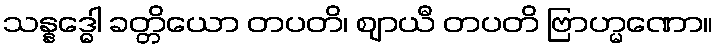
သန္နဒ္ဓေါ ခတ္တိယော တပတိ၊ ဈာယီ တပတိ ဗြာဟ္မဏော။